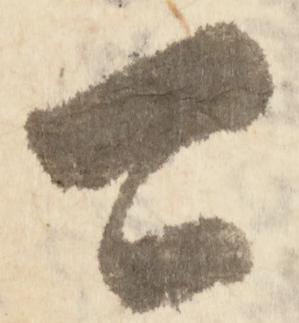
可